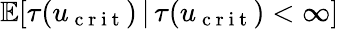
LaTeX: \mathbb{E}[\tau(u_{\mathrm{~c~r~i~t~}})\, |\, \tau(u_{\mathrm{~c~r~i~t~}})<\infty]